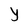
Character: Y